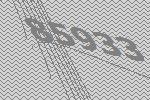
85933